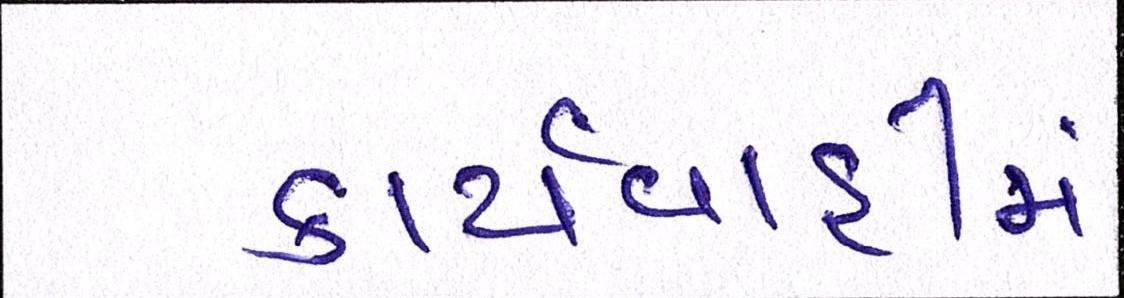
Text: કાર્યવાહીમાં